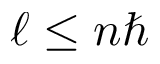
\ell \le n \hbar